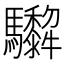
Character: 𩧠